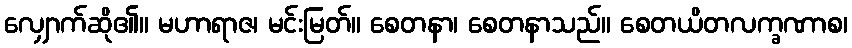
လျှောက်ဆို၏။ မဟာရာဇ၊ မင်းမြတ်။ စေတနာ၊ စေတနာသည်။ စေတယိတလက္ခဏာစ၊